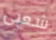
شعبى